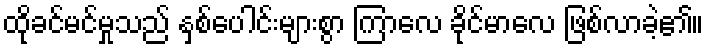
ထိုခင်မင်မှုသည် နှစ်ပေါင်းများစွာ ကြာလေ ခိုင်မာလေ ဖြစ်လာခဲ့၏။